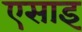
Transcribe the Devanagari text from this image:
एसाइ